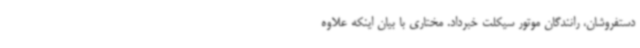
دستفروشان، رانندگان موتور سیکلت خبرداد. مختاری با بیان اینکه علاوه